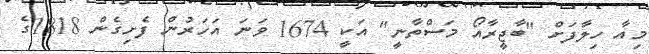
މިއާ ހިލާފަށް "ބާޖީރާއޯ މަސްތާނީ" އަކީ 1674 ވަނަ އަހަރުން ފެށިގެން 1818ގެ